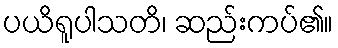
ပယိရူပါသတိ၊ ဆည်းကပ်၏။